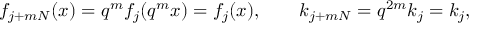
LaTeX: f _ { j + m N } ( x ) = q ^ { m } f _ { j } ( q ^ { m } x ) = f _ { j } ( x ) , \qquad k _ { j + m N } = q ^ { 2 m } k _ { j } = k _ { j } ,